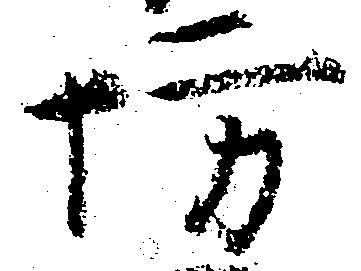
坊